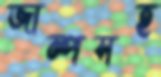
জাম্পসহ